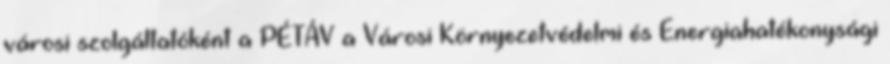
városi szolgáltatóként a PÉTÁV a Városi Környezetvédelmi és Energiahatékonysági